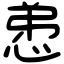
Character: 𢚖